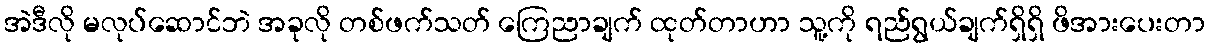
အဲဒီလို မလုပ်ဆောင်ဘဲ အခုလို တစ်ဖက်သတ် ကြေညာချက် ထုတ်တာဟာ သူ့ကို ရည်ရွယ်ချက်ရှိရှိ ဖိအားပေးတာ